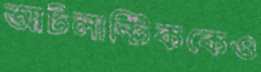
আটলান্টিককেও